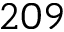
2 0 9